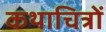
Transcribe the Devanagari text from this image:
कथाचित्रों